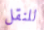
للنقل